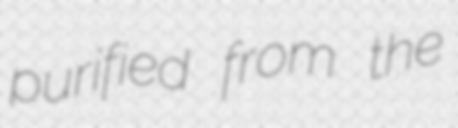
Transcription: purified from the